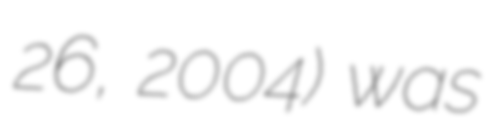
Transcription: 26, 2004) was